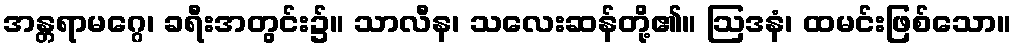
အန္တရာမဂ္ဂေ၊ ခရီးအတွင်း၌။ သာလီန၊ သလေးဆန်တို့၏။ ဩဒနံ၊ ထမင်းဖြစ်သော။